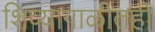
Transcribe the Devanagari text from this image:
शिव्यागाळीतही